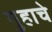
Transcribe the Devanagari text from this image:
गुहाचे